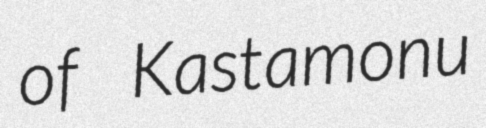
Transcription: of Kastamonu